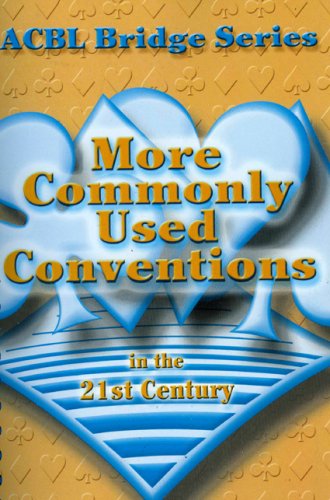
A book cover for More Commonly Used Conventions in the 21st Century: The Notrump Series (ACBL Bridge); Audrey Grant; Humor & Entertainment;